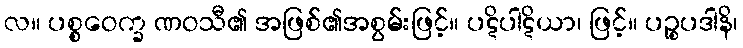
လ။ ပစ္စဝေက္ခ ဏဝသီ၏ အဖြစ်၏အစွမ်းဖြင့်။ ပဋိပါဋိယာ၊ ဖြင့်။ ပဉ္စပဒါနိ၊